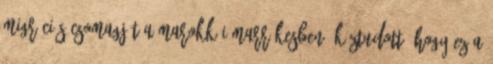
migrációs csomagját a marokkói Marrákesben. Köztudott, hogy ez a